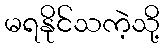
မရနိုင်သကဲ့သို့